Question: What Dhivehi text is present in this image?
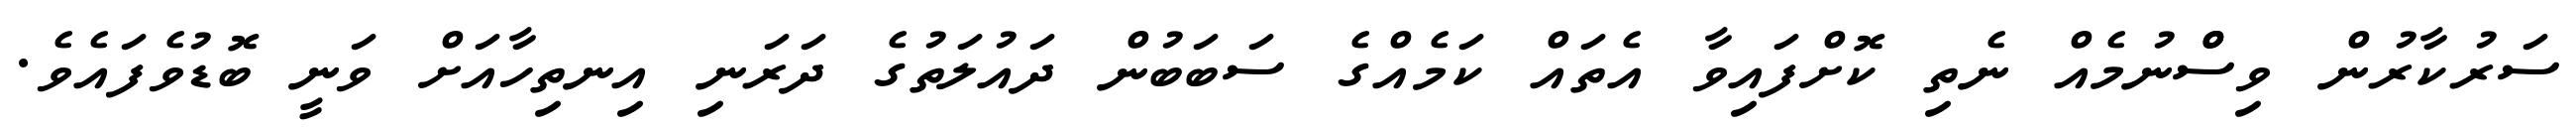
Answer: ސަރުކާރުން ވިސްްނުމެއް ނެތި ކޮށްފައިވާ އެތައް ކަމެއްގެ ސަބަބުން ދައުލަތުގެ ދަރަނި އިނތިހާއަށް ވަނީ ބޮޑުވެފައެވެ.